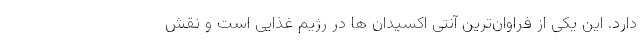
دارد. این یکی از فراوان‌ترین آنتی اکسیدان ها در رژیم غذایی است و نقش